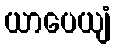
ယာပေယျံ